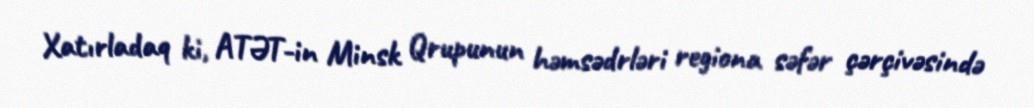
Xatırladaq ki, ATƏT-in Minsk Qrupunun həmsədrləri regiona səfər çərçivəsində